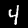
Label: 4